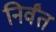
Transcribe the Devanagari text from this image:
निर्वंत